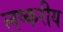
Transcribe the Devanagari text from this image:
लष्करीय